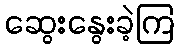
ဆွေးနွေးခဲ့ကြ